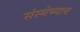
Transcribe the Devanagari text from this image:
संस्थेच्याच